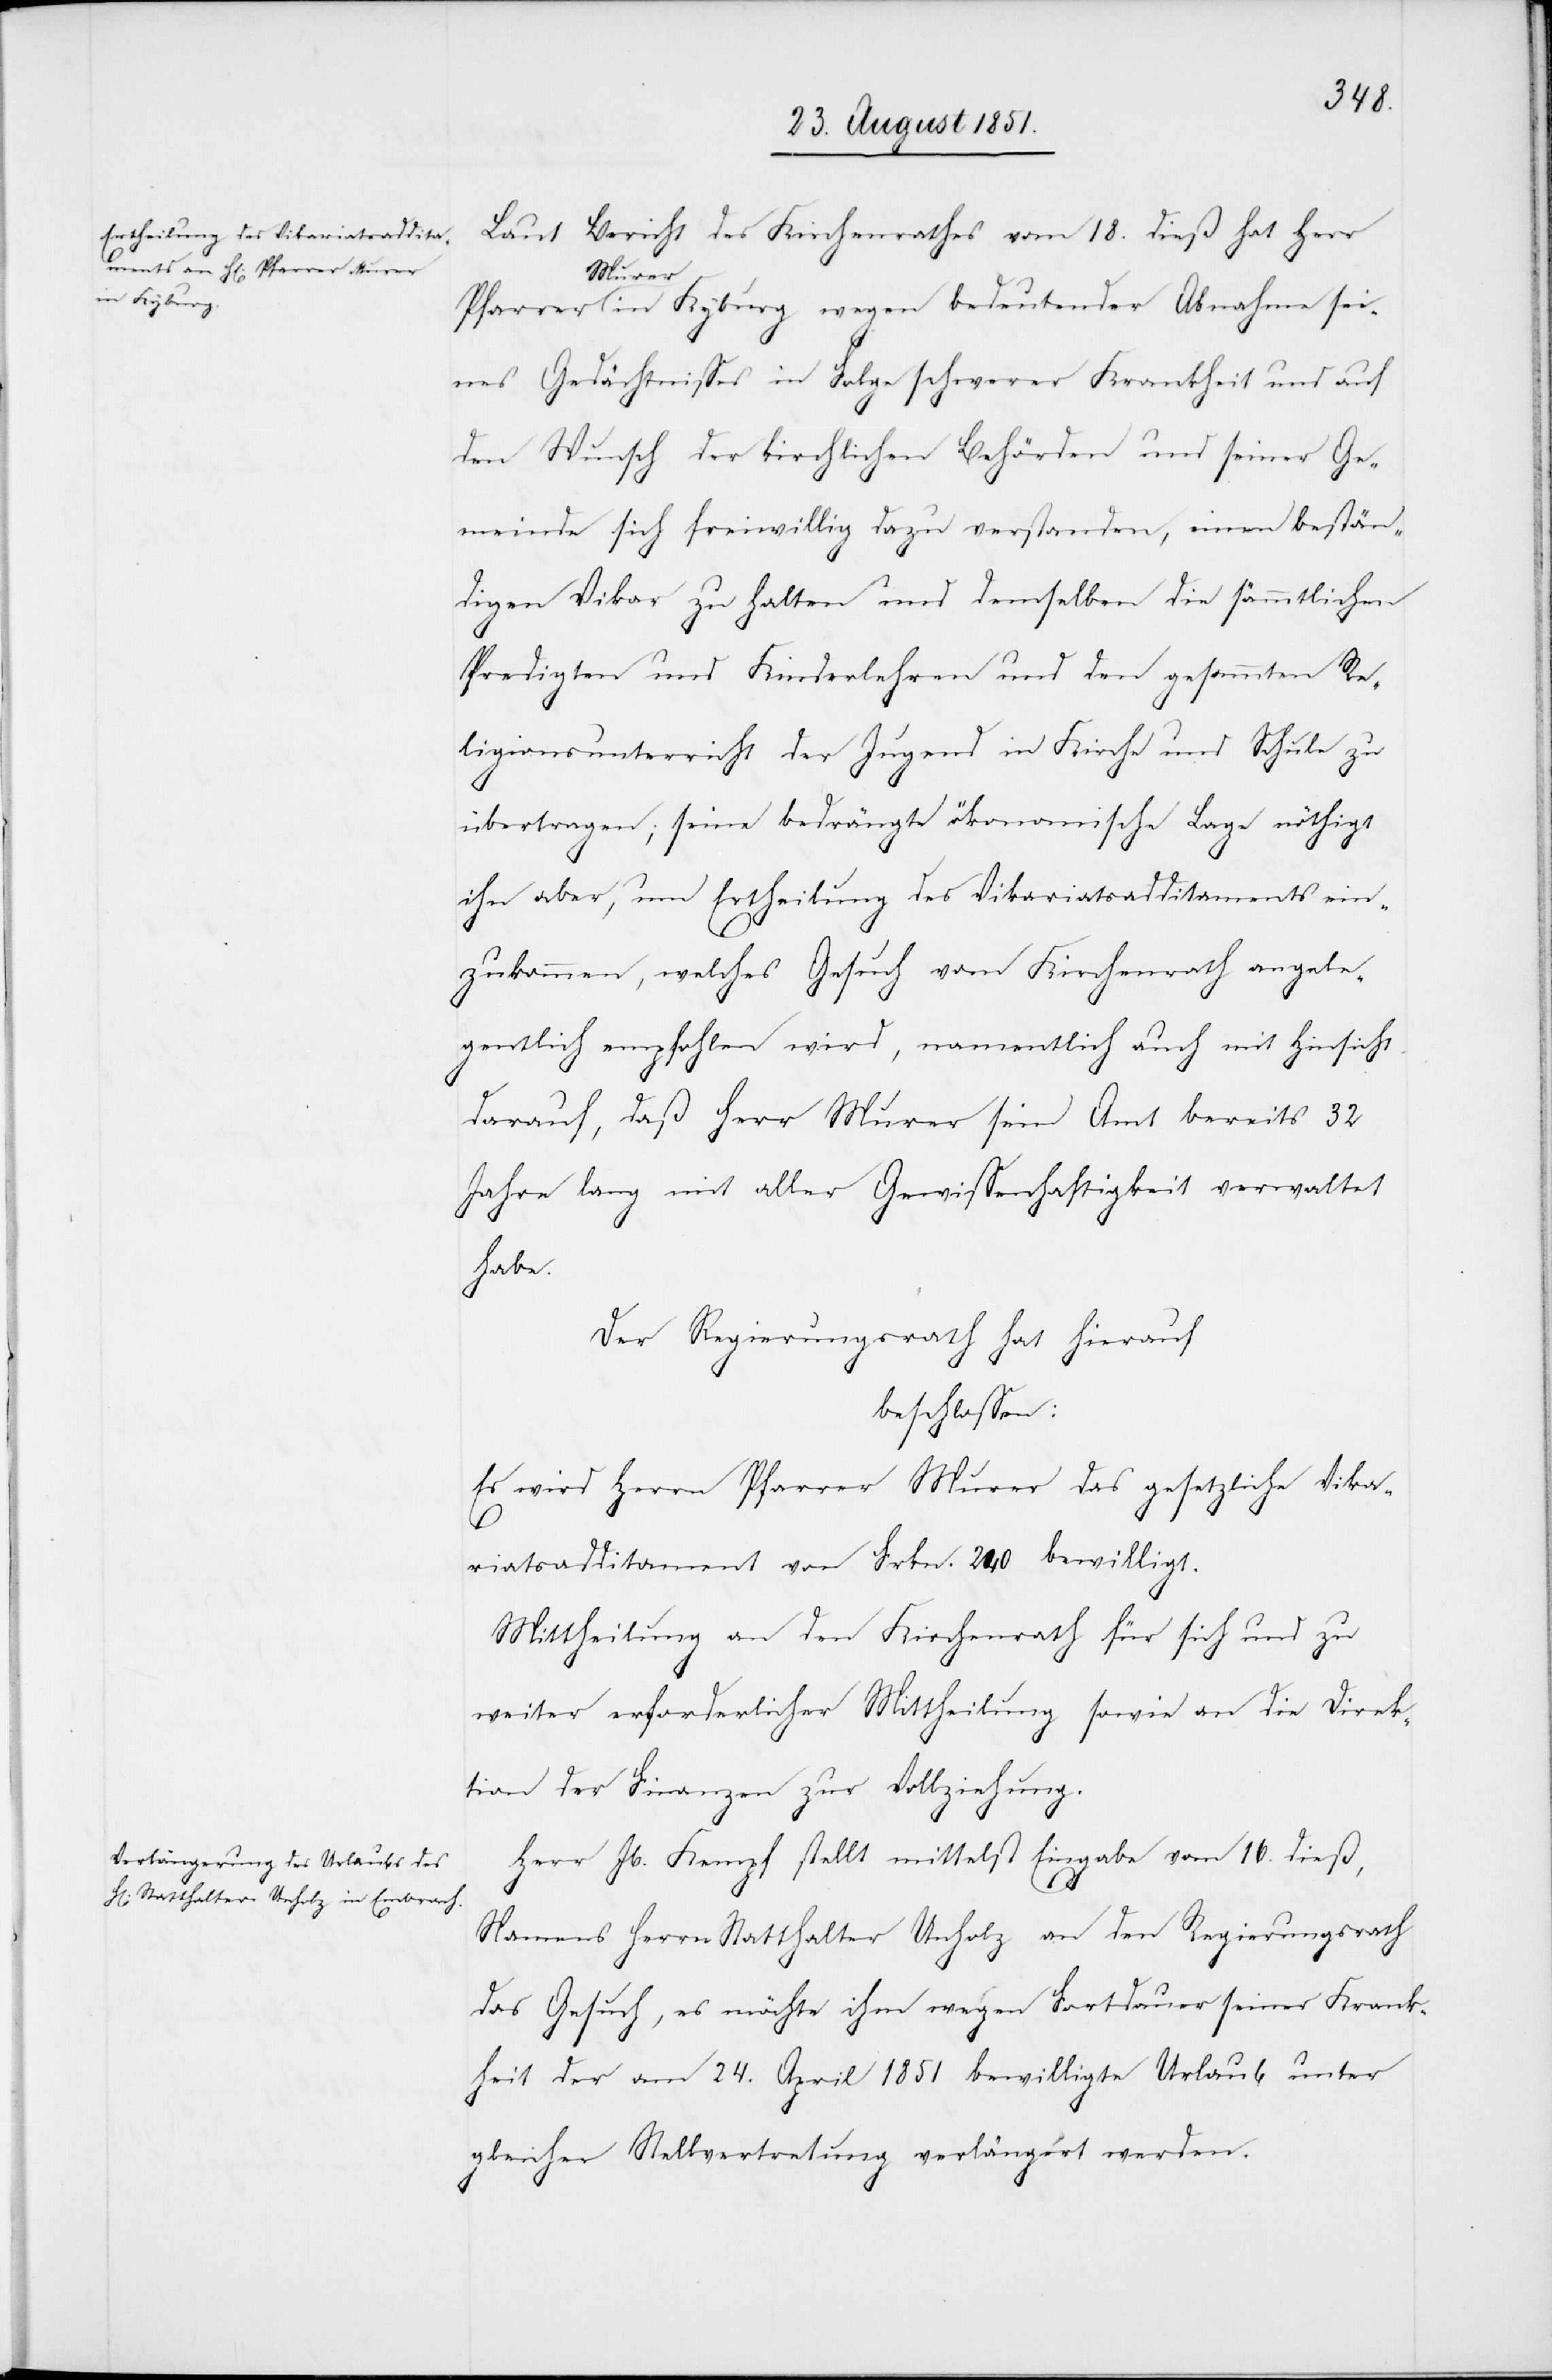
Laut Bericht des Kirchenrathes vom 18. dieß hat Herr
Murer in Kyburg wegen bedeutender Abnahme sei¬
nes Gedächtnisses in Folge schwerer Krankheit und auf
den Wunsch der kirchlichen Behörden und seiner Ge¬
meinde sich freiwillig dazu verstanden, einen bestän¬
digen Vikar zu halten und demselben die sämmtlichen
Predigten und Kinderlehren und den gesammten Re¬
ligionsunterricht der Jugend in Kirche und Schule zu
übertragen; seine bedrängte ökonomische Lage nöthigt
ihn aber, um Ertheilung des Vikariatsadditaments ein¬
zukommen, welches Gesuch vom Kirchenrath angele¬
gentlich empfohlen wird, namentlich auch mit Hinsicht
darauf, daß Herr Murer sein Amt bereits 32
Jahre lang mit aller Gewissenhaftigkeit verwaltet
habe.
Der Regierungsrath hat hierauf
beschlossen:
Es wird Herrn Pfarrer Murer das gesetzliche Vika¬
riatsadditament von Frkn. 240 bewilligt.
Mittheilung an den Kirchenrath für sich und zu
weiter erforderlicher Mittheilung sowie an die Direk¬
tion der Finanzen zur Vollziehung.
Herr Jb. Kempf stellt mittelst Eingabe vom 16. dieß,
Namens Herrn Statthalter Unholz an den Regierungsrath
das Gesuch, es möchte ihm wegen Fortdauer seiner Krank¬
heit der am 24. April 1851 bewilligte Urlaub unter
gleicher Stellvertretung verlängert werden.